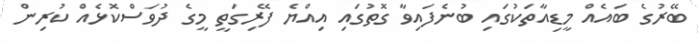
ބޭރުގެ ބައެއް މީޑިއާތަކުގައި ބުނެފައިވާ ގޮތުގައި އިއްޔެ ފޭރިގަތީ މީގެ ދުވަސްކޮޅެއް ކުރިން